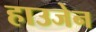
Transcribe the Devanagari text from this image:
हाउजेन